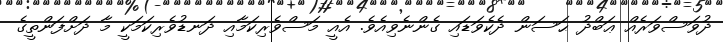
ދުވަސްވަރެއް ޢަބްދު ޙަސަން ދެކެވަޑައި ގެންނެވިއެވެ. އެއީ މަސްވެރިކަމާއި ދަނޑުވެރިކަމަކީ މާ ދަށްފަންތީގެ